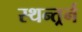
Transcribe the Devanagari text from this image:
स्थन्तर्र्न